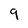
Character: 9